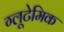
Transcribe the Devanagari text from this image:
ग्लूटेमिक